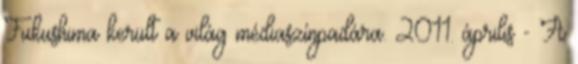
Fukushima került a világ médiaszínpadára. 2011. április - A